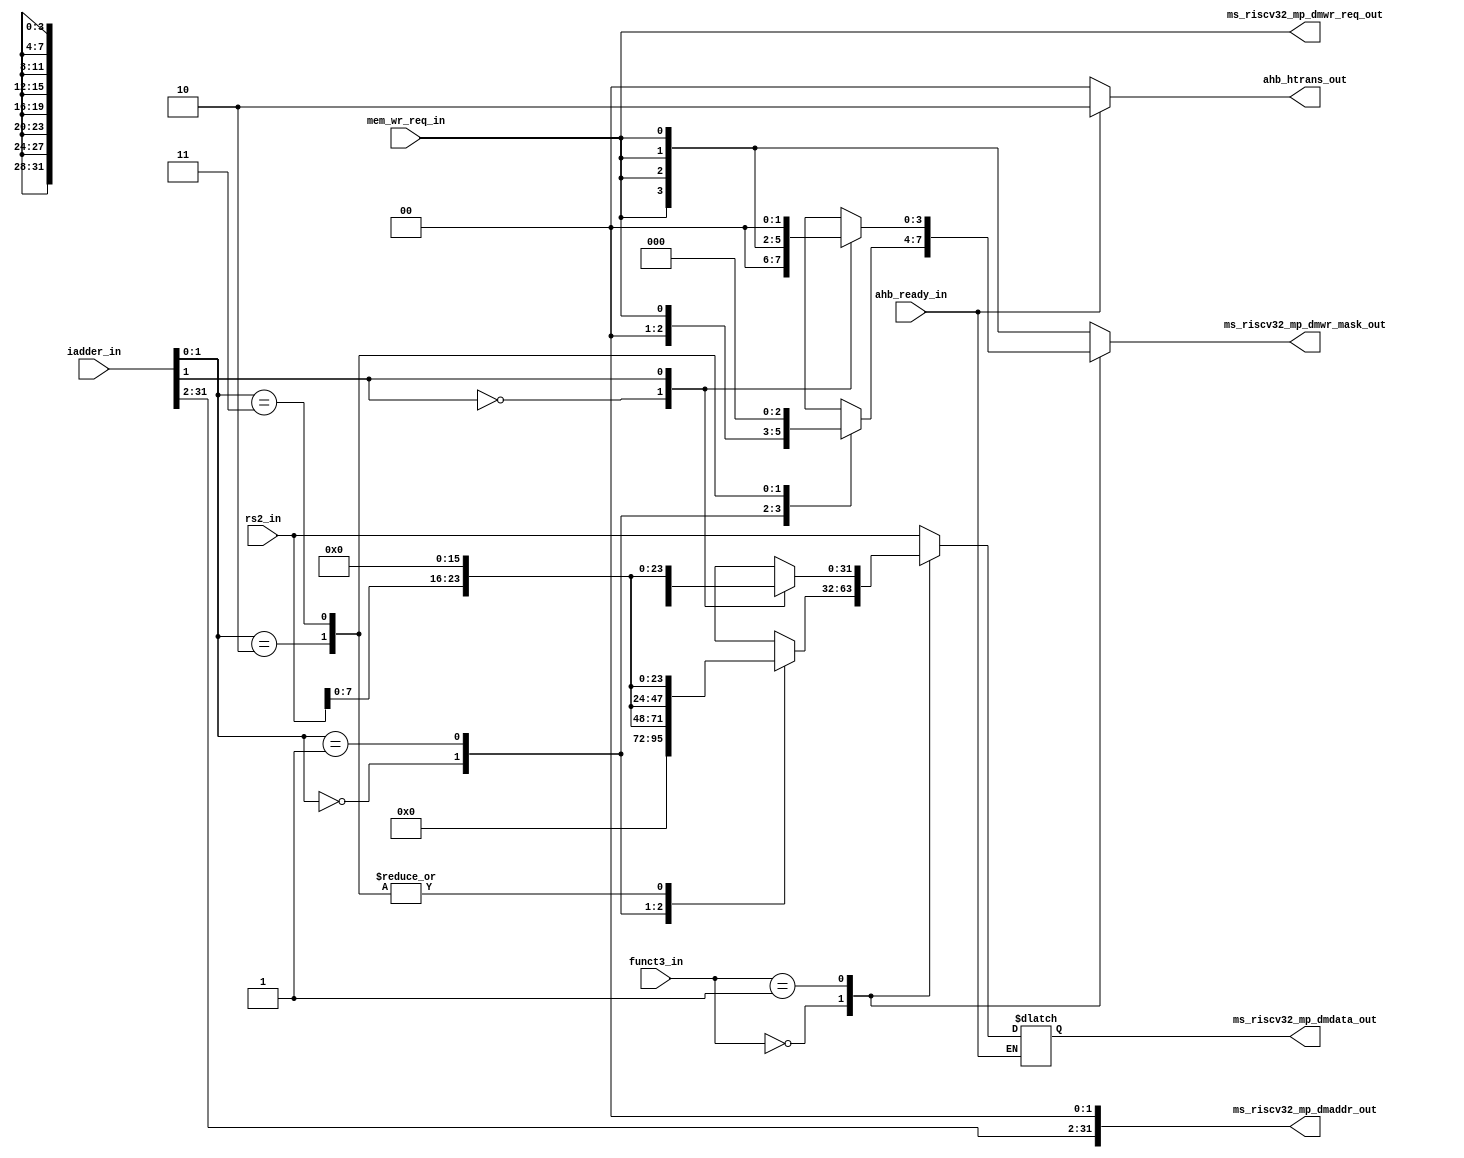
module msrv32_store_unit(
  input [1:0] funct3_in,
  input [31:0] iadder_in,
  input [31:0] rs2_in,
  input mem_wr_req_in,
  input ahb_ready_in,
  output [31:0] ms_riscv32_mp_dmaddr_out,
  output reg [31:0] ms_riscv32_mp_dmdata_out,
  output reg [3:0] ms_riscv32_mp_dmwr_mask_out,
  output  ms_riscv32_mp_dmwr_req_out,
  output reg [1:0] ahb_htrans_out
);

  reg [31:0] byte_dout, halfword_dout;
  reg [3:0] byte_wr_mask, halfword_wr_mask;

  assign ms_riscv32_mp_dmaddr_out = {iadder_in[31:2], 2'b00};
  assign ms_riscv32_mp_dmwr_req_out = mem_wr_req_in;
  
  always @(*)
  begin
    case(iadder_in[1:0])
      2'b00: byte_dout = {8'b0, 8'b0, 8'b0, rs2_in[7:0]};
      2'b01: byte_dout = {8'b0, 8'b0, rs2_in[7:0], 8'b0};
      2'b10: byte_dout = {8'b0, rs2_in[7:0], 8'b0, 8'b0};
      2'b11: byte_dout = {8'b0, rs2_in[7:0], 8'b0, 8'b0};
      default: byte_dout = 32'b0;
    endcase
  end

  always @(*)
  begin
    case(iadder_in[1])
      1'b0: halfword_dout = {16'b0, rs2_in[15:0]};
      1'b1: halfword_dout = {rs2_in[15:0], 16'b0};
      default: halfword_dout = 32'b0;
    endcase
  end

  always @(*)
  begin
    if (ahb_ready_in)
    begin
      case (funct3_in)
        2'b00: ms_riscv32_mp_dmdata_out = byte_dout;
        2'b01: ms_riscv32_mp_dmdata_out = halfword_dout;
        default: ms_riscv32_mp_dmdata_out = rs2_in;
      endcase
      ahb_htrans_out = 2'b10;
    end
    else
    begin
      ahb_htrans_out = 2'b00;
    end
  end

  always @(*)
  begin
    case (funct3_in)
      2'b00: ms_riscv32_mp_dmwr_mask_out = byte_wr_mask;
      2'b01: ms_riscv32_mp_dmwr_mask_out = halfword_wr_mask;
      default: ms_riscv32_mp_dmwr_mask_out = {4{mem_wr_req_in}};
    endcase
  end

  always @(*)
  begin
    case (iadder_in[1:0])
      2'b00: byte_wr_mask = {3'b0, mem_wr_req_in};
      2'b01: byte_wr_mask = {2'b0, mem_wr_req_in, 1'b0};
      2'b10: byte_wr_mask = {1'b0, mem_wr_req_in, 2'b0};
      2'b11: byte_wr_mask = {mem_wr_req_in, 3'b0};
    endcase
  end

  always @(*)
  begin
    case (iadder_in[1])
      1'b0: halfword_wr_mask = {2'b0, {2{mem_wr_req_in}}};
      1'b1: halfword_wr_mask = {{2{mem_wr_req_in}}, 2'b0};
      default: halfword_wr_mask = {4{mem_wr_req_in}};
    endcase
  end

endmodule